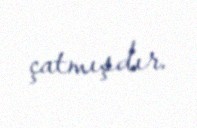
çatmışdır.